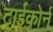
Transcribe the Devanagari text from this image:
ट्राईकोर्न